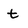
Character: t